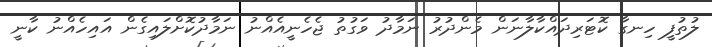
ލުތުފީ ހިނގާ ކޮޓަރިދައްކާލާނަން މެންދުރު ނަމާދު ވަގުތު ޖެހެނީއެއްނު ނަމާދުކޮށްލައިގެން އައިހެއްނު ކާނީ